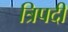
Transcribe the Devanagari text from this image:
त्रिपदीं